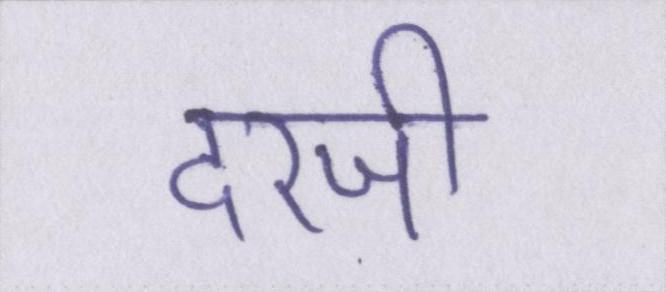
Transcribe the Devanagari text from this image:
दरजी